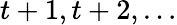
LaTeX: t+1,t+2,\ldots